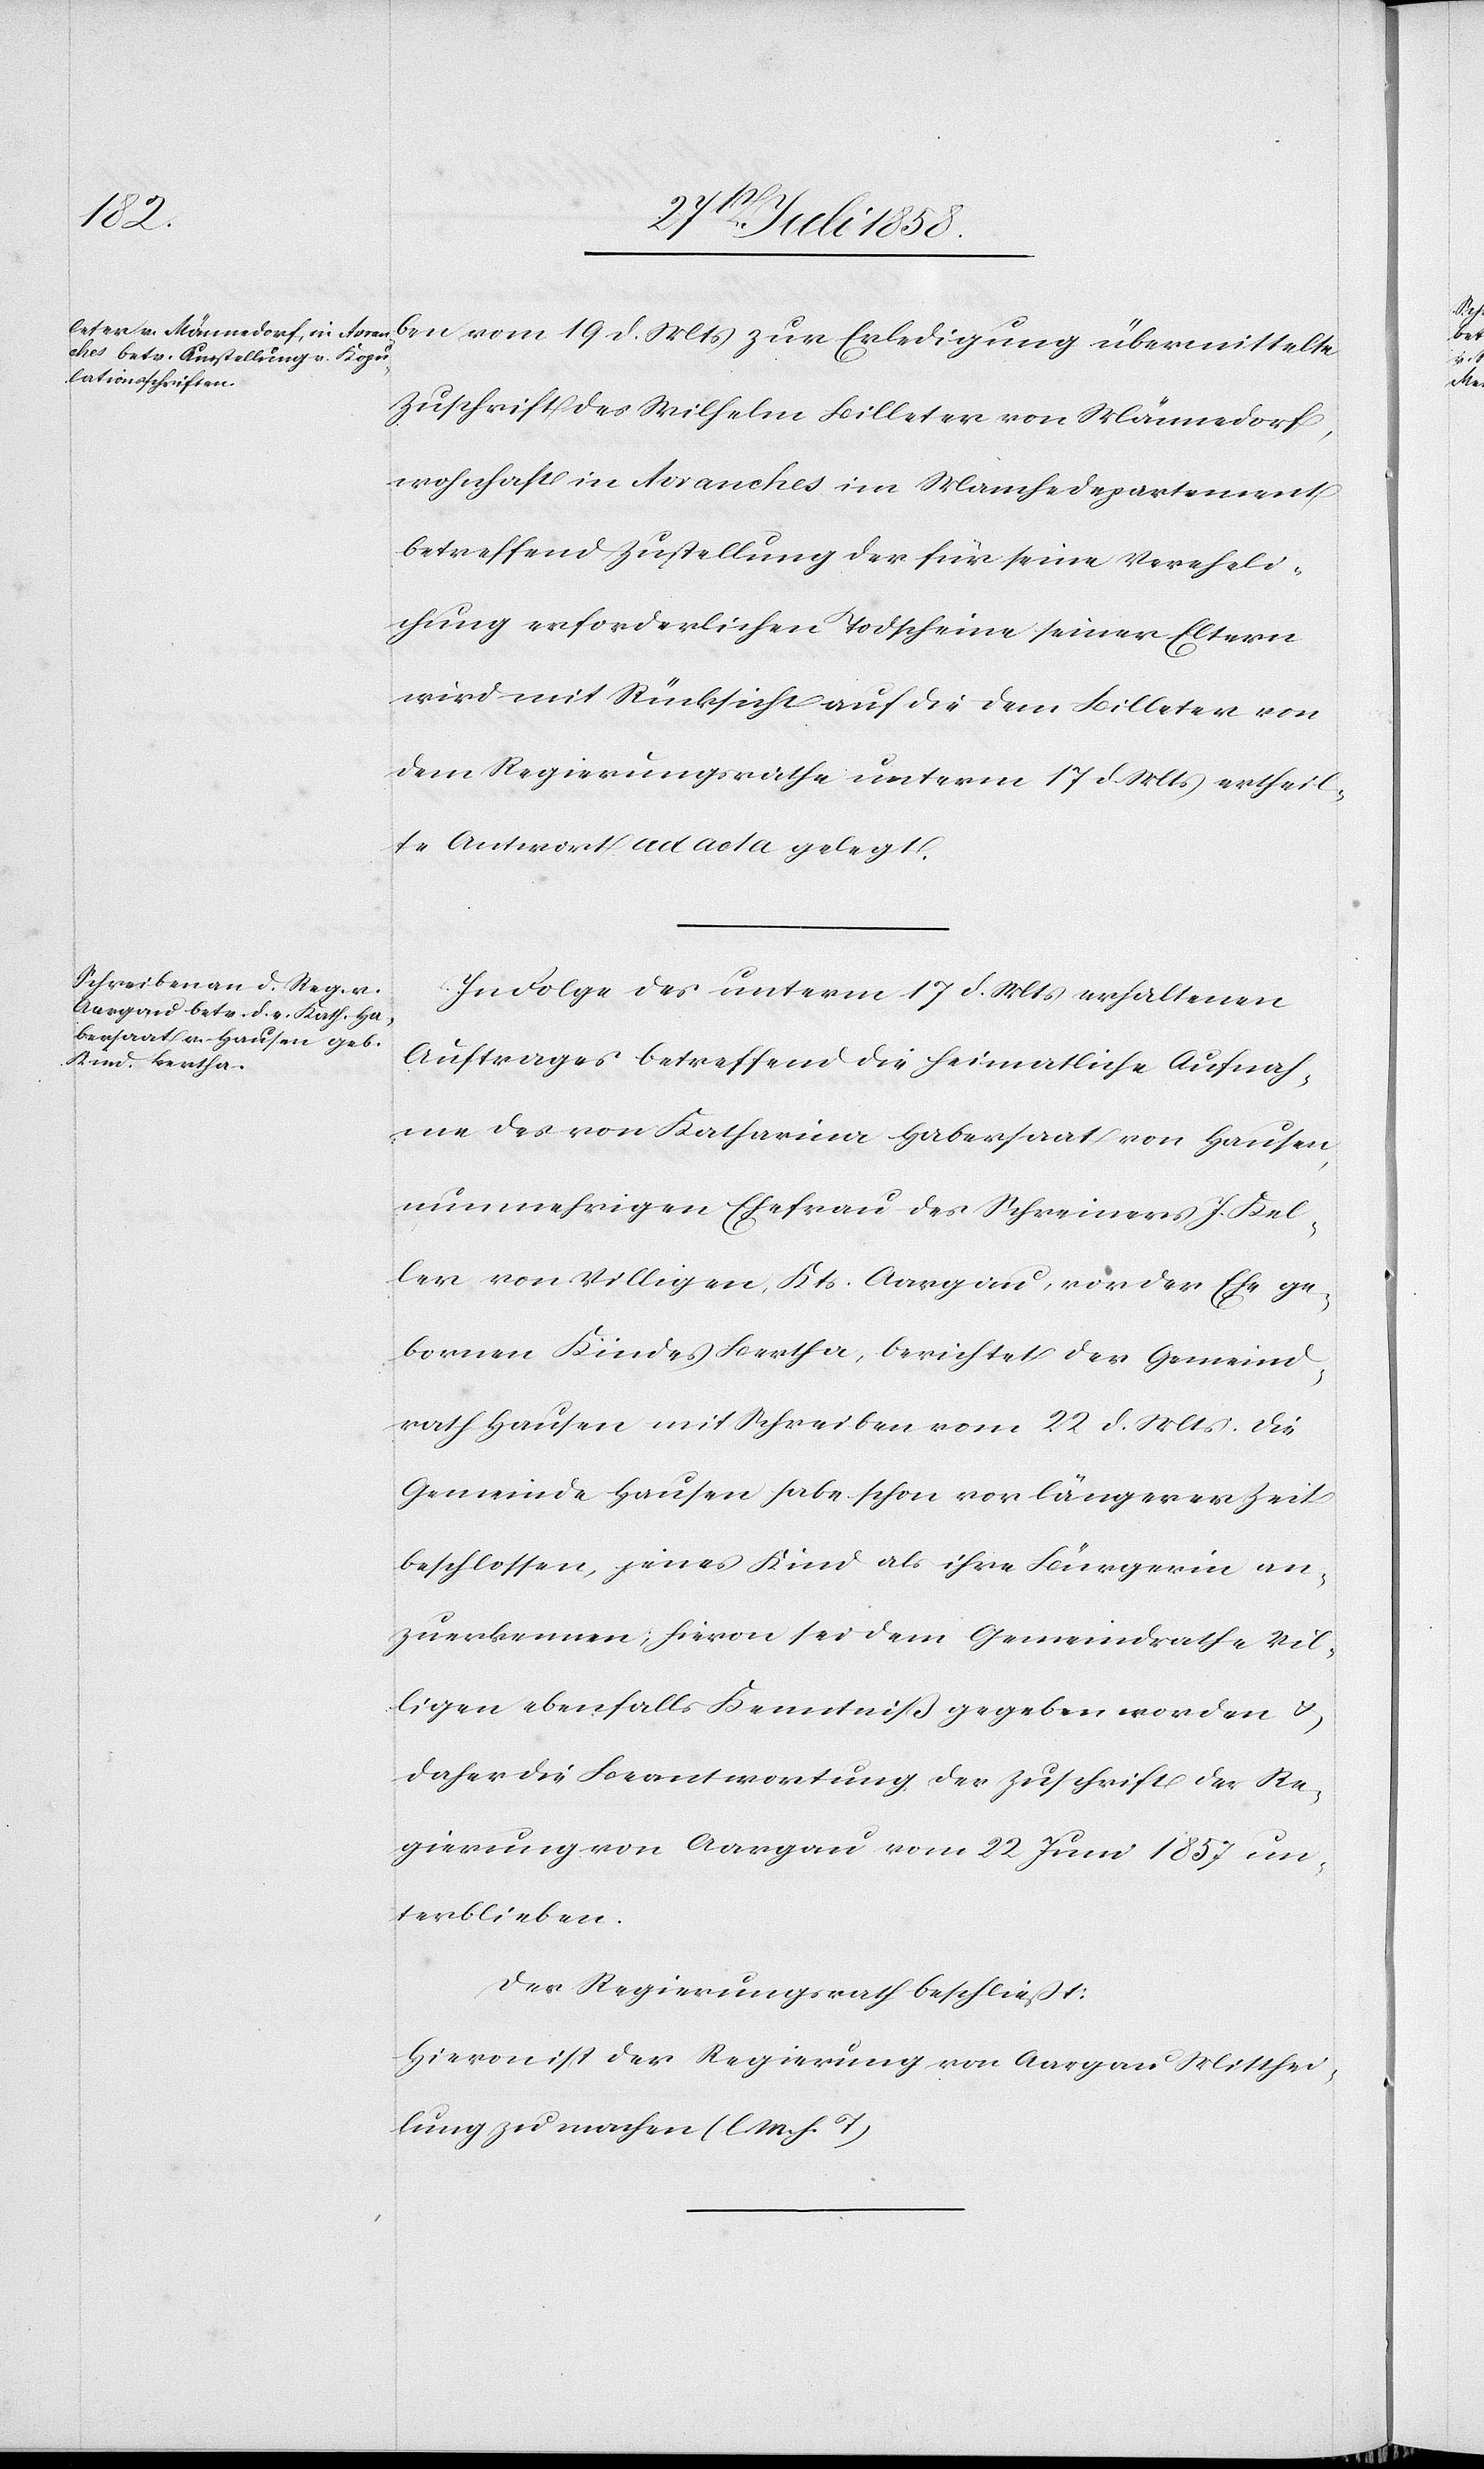
d.
Zuschrift des Wilhelm Billeter von Männedorf,
wohnhaft in Avranches im Manchedepartement
betreffend Zustellung der für seine Vereheli¬
chung erforderlichen Todscheine seiner Eltern
wird mit Rücksicht auf die dem Billeter von
dem Regierungsrathe unterm 17 d. Mts ertheil¬
te Antwort ad acta gelegt.
In Folge des unterm 17 d. Mts erhaltenen
Auftrages betreffend die heimatliche Aufnah¬
me des von Katharina Habersaat von Hausen,
nunmehrigen Ehefrau des Schreiners J. Kel¬
ler von Villigen, Kts. Aargau, vor der Ehe ge¬
bornen Kindes Bertha, berichtet der Gemeind¬
rath Hausen mit Schreiben vom 22 d. Mts: Die
Gemeinde Hausen habe schon vor längerer Zeit
beschlossen, jenes Kind als ihre Bürgerin an¬
zuerkennen; hievon sei dem Gemeindrathe Vil¬
ligen ebenfalls Kenntniß gegeben worden &
daher die Beantwortung der Zuschrift der Re¬
gierung von Aargau vom 22 Juni 1857 un¬
terblieben.
Der Regierungsrath beschließt:
Hievon ist der Regierung von Aargau Mitthei¬
lung zu machen (l. M. h. T)[.]